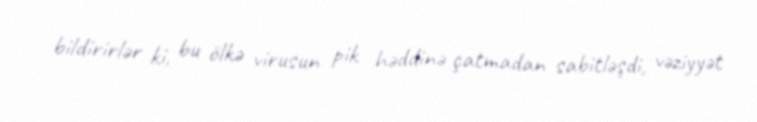
bildirirlər ki, bu ölkə virusun pik həddinə çatmadan sabitləşdi, vəziyyət